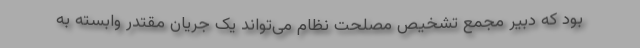
بود که دبیر مجمع تشخیص مصلحت نظام می‌تواند یک جریان مقتدر وابسته به